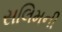
સલિમની